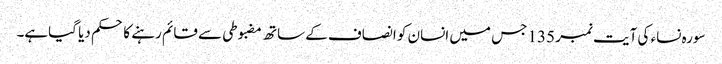
سورہ نساء کی آیت نمبر 135 جس میں انسان کو انصاف کے ساتھ مضبوطی سے قائم رہنے کا حکم دیا گیاہے۔